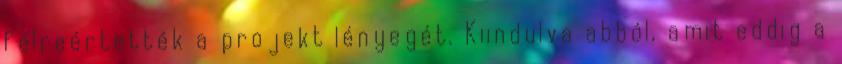
félreértették a projekt lényegét. Kiindulva abból, amit eddig a